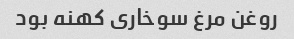
روغن مرغ سوخاری کهنه بود